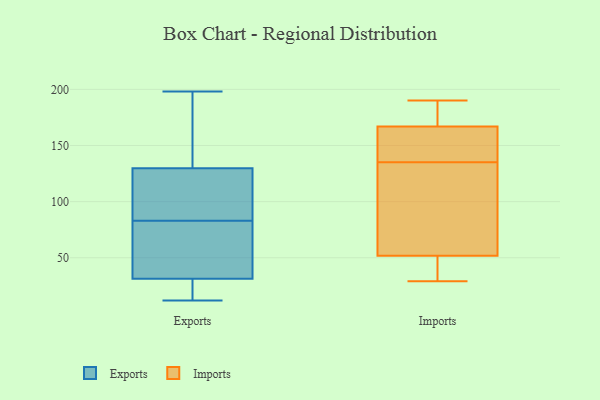
{"axis": {"x": "LTV (USD)", "y": "Value"}, "legend": ["Exports", "Imports"], "data": [{"x": "", "y": 12, "type": "Exports"}, {"x": "", "y": 188, "type": "Exports"}, {"x": "", "y": 122, "type": "Exports"}, {"x": "", "y": 14, "type": "Exports"}, {"x": "", "y": 100, "type": "Exports"}, {"x": "", "y": 160, "type": "Exports"}, {"x": "", "y": 69, "type": "Exports"}, {"x": "", "y": 130, "type": "Exports"}, {"x": "", "y": 32, "type": "Exports"}, {"x": "", "y": 198, "type": "Exports"}, {"x": "", "y": 21, "type": "Exports"}, {"x": "", "y": 129, "type": "Exports"}, {"x": "", "y": 83, "type": "Exports"}, {"x": "", "y": 81, "type": "Exports"}, {"x": "", "y": 31, "type": "Exports"}, {"x": "", "y": 143, "type": "Imports"}, {"x": "", "y": 31, "type": "Imports"}, {"x": "", "y": 172, "type": "Imports"}, {"x": "", "y": 135, "type": "Imports"}, {"x": "", "y": 180, "type": "Imports"}, {"x": "", "y": 161, "type": "Imports"}, {"x": "", "y": 134, "type": "Imports"}, {"x": "", "y": 44, "type": "Imports"}, {"x": "", "y": 169, "type": "Imports"}, {"x": "", "y": 139, "type": "Imports"}, {"x": "", "y": 66, "type": "Imports"}, {"x": "", "y": 47, "type": "Imports"}, {"x": "", "y": 70, "type": "Imports"}, {"x": "", "y": 190, "type": "Imports"}, {"x": "", "y": 29, "type": "Imports"}]}